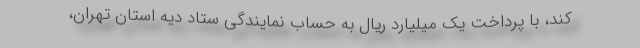
کند، با پرداخت یک میلیارد ریال به حساب نمایندگی ستاد دیه استان تهران،